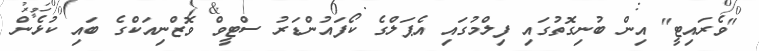
"ވެރައިޓީ" އިން ބުނިގޮތުގައި ފިލްމުގައި އެޕަލްގެ ކޯފައުންޑަރު ސްޓީވް ވޮޒްނިއަކްގެ ބައި ކުޅެން